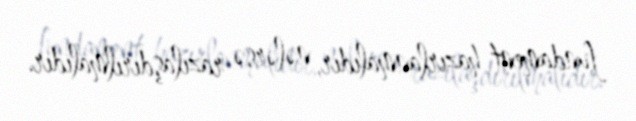
fundament hazırlanmalıdır, nələrsə razılaşdırılmalıdır.